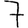
Digit: 7